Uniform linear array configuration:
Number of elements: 16
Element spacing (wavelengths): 1
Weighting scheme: hann
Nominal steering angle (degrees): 45
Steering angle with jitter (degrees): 45.095
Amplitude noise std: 0.05
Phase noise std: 0.05

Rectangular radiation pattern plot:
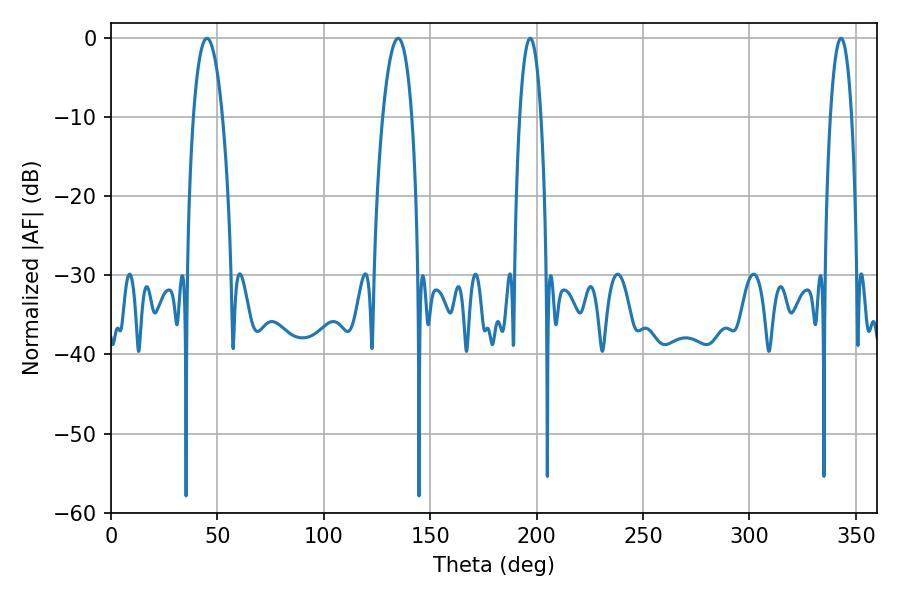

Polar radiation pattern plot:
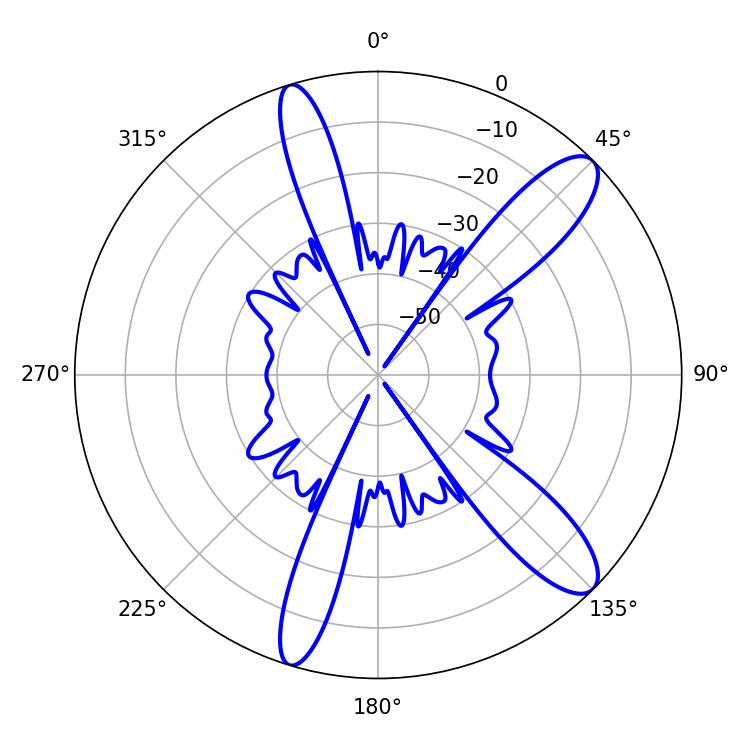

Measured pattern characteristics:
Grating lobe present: TRUE
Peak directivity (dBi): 11.525
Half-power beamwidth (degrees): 5.58
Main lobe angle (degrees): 196.92